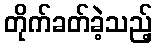
တိုက်ခတ်ခဲ့သည့်